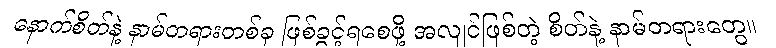
နောက်စိတ်နဲ့ နာမ်တရားတစ်ခု ဖြစ်ခွင့်ရစေဖို့ အလျင်ဖြစ်တဲ့ စိတ်နဲ့ နာမ်တရားတွေ။